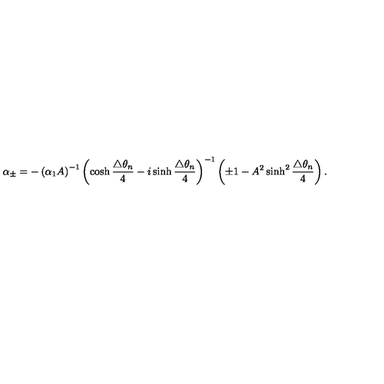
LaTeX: \alpha _ { \pm } = - \left( \alpha _ { 1 } A \right) ^ { - 1 } \left( \cosh \frac { \triangle \theta _ { n } } { 4 } - i \sinh \frac { \triangle \theta _ { n } } { 4 } \right) ^ { - 1 } \left( \pm 1 - A ^ { 2 } \sinh ^ { 2 } \frac { \triangle \theta _ { n } } { 4 } \right) .